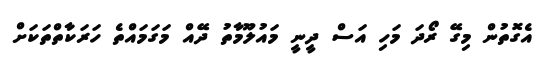
އެގޮތުން މިގޭ ރޯދަ މަހި އަސް ދީނީ މައުލޫމާތު ދޭއް މަގަމައްތެ ހަރަކާތްތަކަށް